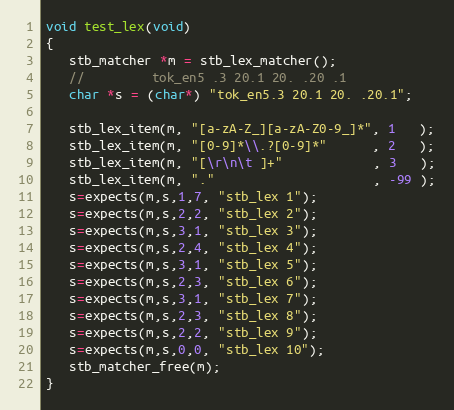
Language: C++
void test_lex(void)
{
   stb_matcher *m = stb_lex_matcher();
   //         tok_en5 .3 20.1 20. .20 .1
   char *s = (char*) "tok_en5.3 20.1 20. .20.1";

   stb_lex_item(m, "[a-zA-Z_][a-zA-Z0-9_]*", 1   );
   stb_lex_item(m, "[0-9]*\\.?[0-9]*"      , 2   );
   stb_lex_item(m, "[\r\n\t ]+"            , 3   );
   stb_lex_item(m, "."                     , -99 );
   s=expects(m,s,1,7, "stb_lex 1");
   s=expects(m,s,2,2, "stb_lex 2");
   s=expects(m,s,3,1, "stb_lex 3");
   s=expects(m,s,2,4, "stb_lex 4");
   s=expects(m,s,3,1, "stb_lex 5");
   s=expects(m,s,2,3, "stb_lex 6");
   s=expects(m,s,3,1, "stb_lex 7");
   s=expects(m,s,2,3, "stb_lex 8");
   s=expects(m,s,2,2, "stb_lex 9");
   s=expects(m,s,0,0, "stb_lex 10");
   stb_matcher_free(m);
}